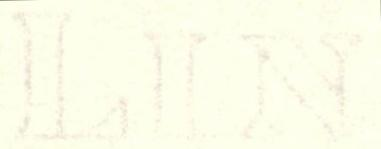
LIN